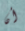
أن